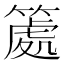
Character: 𥱿